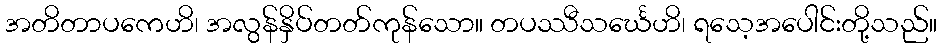
အတိတာပကေဟိ၊ အလွန်နှိပ်တတ်ကုန်သော။ တပဿီသင်္ဃေဟိ၊ ရသေ့အပေါင်းတို့သည်။